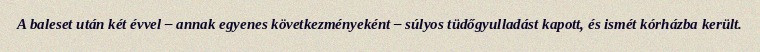
A baleset után két évvel – annak egyenes következményeként – súlyos tüdőgyulladást kapott, és ismét kórházba került.